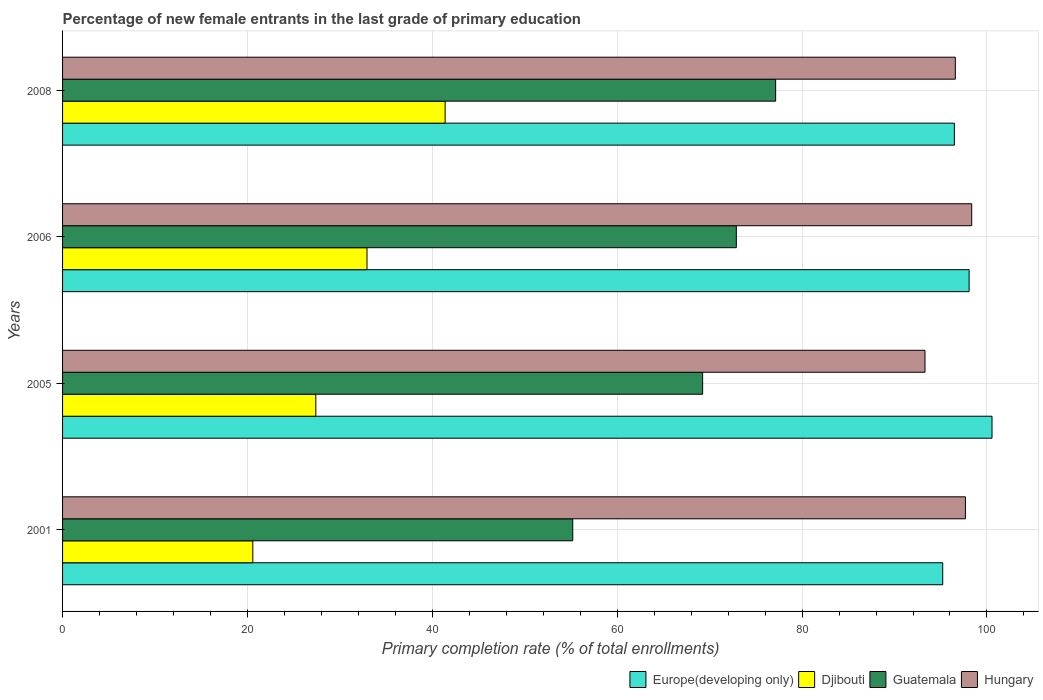
| Years | Europe(developing only) | Djibouti | Guatemala | Hungary |
 | --- | --- | --- | --- | --- |
 | 2001 | 95.2 | 20.6 | 55.2 | 97.7 |
 | 2005 | 101 | 27.4 | 69.2 | 93.3 |
 | 2006 | 98.1 | 32.9 | 72.9 | 98.4 |
 | 2008 | 96.5 | 41.4 | 77.1 | 96.6 |